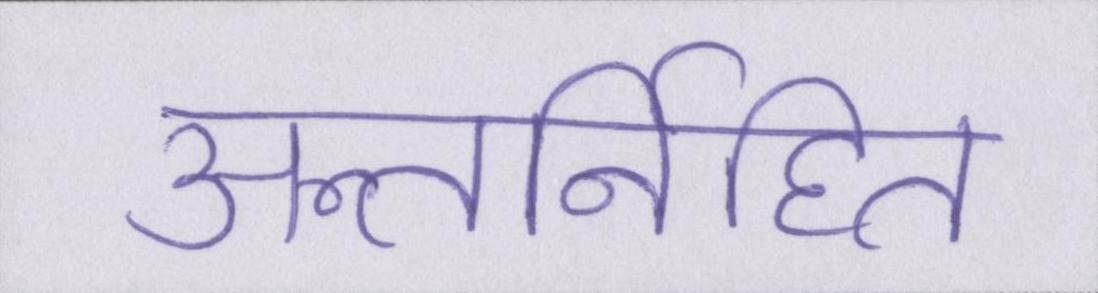
अन्तर्निहित